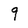
Character: q